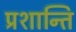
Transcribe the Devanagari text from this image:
प्रशान्ति